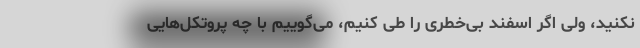
نکنید، ولی اگر اسفند بی‌خطری را طی کنیم، می‌گوییم با چه پروتکل‌هایی